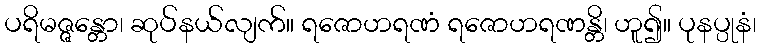
ပရိမဇ္ဇန္တော၊ ဆုပ်နယ်လျက်။ ရဇောဟရဏံ ရဇောဟရဏန္တိ၊ ဟူ၍။ ပုနပ္ပုနံ၊